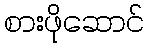
စားဖိုဆောင်